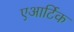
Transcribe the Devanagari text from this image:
एआर्टिक